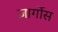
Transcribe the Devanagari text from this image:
ज़ार्गोस